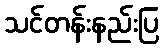
သင်တန်းနည်းပြ